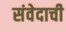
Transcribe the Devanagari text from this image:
संवेदाची